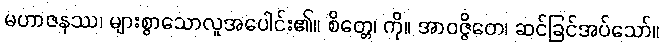
မဟာဇနဿ၊ များစွာသောလူအပေါင်း၏။ စိတ္တေ၊ ကို။ အာဝဇ္ဇိတေ၊ ဆင်ခြင်အပ်သော်။